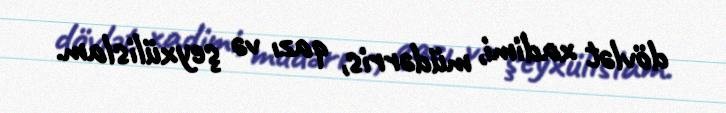
dövlət xadimi, müdərris, qazı və şeyxülislam.